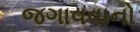
જગાવવાનો